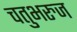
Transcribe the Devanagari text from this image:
चतुभरुज